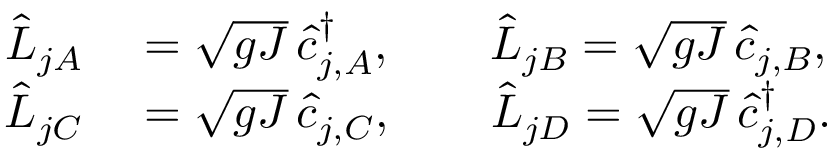
\begin{array} { r l } { \hat { L } _ { j A } } & { { } = \sqrt { g J } \, \hat { c } _ { j , A } ^ { \dagger } , \qquad \hat { L } _ { j B } = \sqrt { g J } \, \hat { c } _ { j , B } , } \\ { \hat { L } _ { j C } } & { { } = \sqrt { g J } \, \hat { c } _ { j , C } , \qquad \hat { L } _ { j D } = \sqrt { g J } \, \hat { c } _ { j , D } ^ { \dagger } . } \end{array}